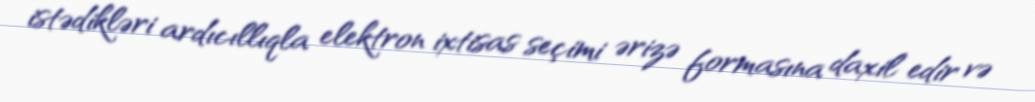
istədikləri ardıcıllıqla elektron ixtisas seçimi ərizə formasına daxil edir və